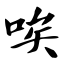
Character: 唉